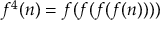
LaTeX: f ^ { 4 } ( n ) = f ( f ( f ( f ( n ) ) ) )